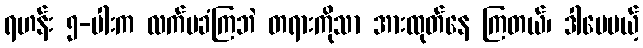
ရဟန်း ၅-ပါးက လက်မခံကြဘဲ တရားကိုသာ အားထုတ်နေ ကြတယ်၊ ဒါပေမယ့်